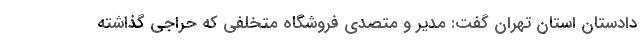
دادستان استان تهران گفت: مدیر و متصدی فروشگاه متخلفی که حراجی گذاشته